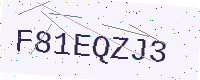
Text: F81EQZJ3